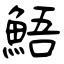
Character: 鯃